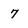
Character: 7